Rangoon Lunatic Asylum 1898-1906 - 1898-1906
Year: 1898
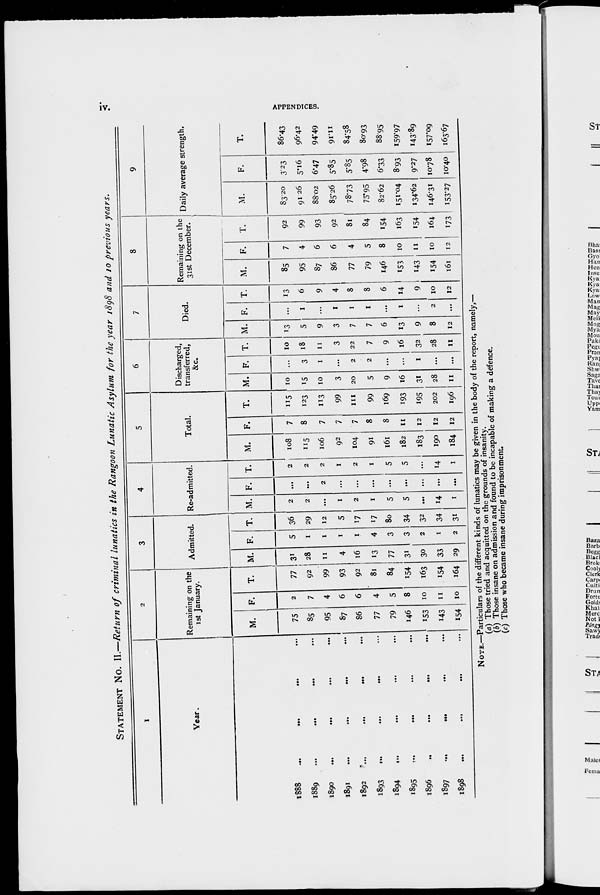
iv.
APPENDICES.
STATEMENT No. II.—Return of criminal lunatics in the Rangoon Lunatic Asylum for the year 1898 and 10 previous years.
1
Year.
1888
...
...
...
...
1889
...
...
...
...
1890 ... ... ... ...
1891 ... ... ... ...
1892 ... ... ... ...
1893 ... ... ... ...
1894 ... ... ... ...
1895 ... ... ... ...
1896 ... ... ... ...
1897 ... ... ... ...
1898 ... ... ... ...
2
Remaining on the
1st January.
M.
75
85
95
87
86
77
79
146
153
143
154
F.
2
7
4
6
6
4
5
8
10
11
10
T.
77
92
99
93
92
81
84
154
163
154
164
3
Admitted.
M.
31
28
11
4
16
13
77
31
30
33
29
F.
5
1
1
1
1
4
3
3
2
1
2
T.
36
29
12
5
17
17
80
34
32
34
31
4
Re-admitted.
M.
2
2
...
1
2
1
5
5
...
14
1
F.
...
...
2
...
...
...
...
...
...
...
...
T.
2
2
2
1
2
1
5
5
...
14
1
5
Total.
M.
108
115
106
92
104
91
161
182
183
190
184
F.
7
8
7
7
7
8
8
11
12
12
12
T.
115
123
113
99
111
99
169
193
195
202
196
6
Discharged,
transferred,
&c.
M.
10
15
10
3
20
5
9
16
31
28
11
F.
...
3
1
...
2
2
...
...
1
...
...
T.
10
18
11
3
22
7
9
16
32
28
11
7
Died.
M.
13
5
9
3
7
7
6
13
9
8
12
F.
...
1
...
1
1
1
...
1
...
2
...
T.
13
6
9
4
8
8
6
14
9
10
12
8
Remaining on the
31st December.
M.
85
95
87
86
77
79
146
153
143
154
161
F.
7
4
6
6
4
5
8
10
11
10
12
T.
92
99
93
92
81
84
154
163
154
164
173
9
Daily average strength.
M.
83.20
91.26
88.02
85.26
78.73
75.95
82.62
151.04
134.62
146.31
153.27
F.
3.23
5.16
6.47
5.85
5.85
4.98
6.33
8.93
9.27
10.78
10.40
T.
86.43
96.42
94.49
91.11
84.58
80.93
88.95
159.97
143.89
157.09
163.67
NOTE.—Particulars of the different kinds of lunatics may be given in the body of the report, namely,—
(a) Those tried and acquitted on the grounds of insanity.
(b) Those insane on admission and found to be incapable of making a defence.
(c) Those who became insane during imprisonment.